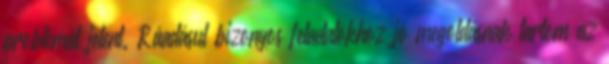
problémát jelent. Ráadásul bizonyos feladatokhoz jó megoldásnak tartom az